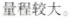
量程较大。